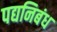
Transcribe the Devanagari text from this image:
पद्यनिबंध